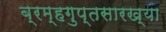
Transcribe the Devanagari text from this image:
ब्रम्हगुप्तसारख्या